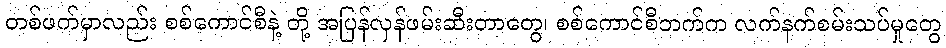
တစ်ဖက်မှာလည်း စစ်ကောင်စီနဲ့ တို့ အပြန်လှန်ဖမ်းဆီးတာတွေ၊ စစ်ကောင်စီဘက်က လက်နက်စမ်းသပ်မှုတွေ